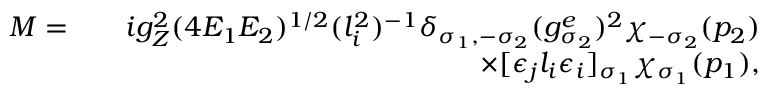
\begin{array} { r l r } { { \cal M } = } & { } & { i g _ { Z } ^ { 2 } ( 4 E _ { 1 } E _ { 2 } ) ^ { 1 / 2 } ( l _ { i } ^ { 2 } ) ^ { - 1 } \delta _ { \sigma _ { 1 } , - \sigma _ { 2 } } ( g _ { \sigma _ { 2 } } ^ { e } ) ^ { 2 } \chi _ { - \sigma _ { 2 } } ( p _ { 2 } ) } \\ & { } & { \times [ \epsilon _ { j } l _ { i } \epsilon _ { i } ] _ { \sigma _ { 1 } } \chi _ { \sigma _ { 1 } } ( p _ { 1 } ) , } \end{array}